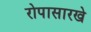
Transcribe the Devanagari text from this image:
रोपासारखे